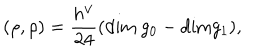
( \rho , \rho ) = \frac { h ^ { \vee } } { 2 4 } ( \mathrm { d i m ~ } g _ { 0 } - \mathrm { d i m } g _ { 1 } ) ,